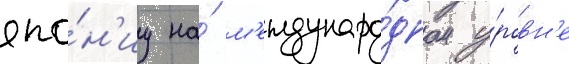
япо́н'иу на́ м'еждунаро́дном у́ровн'е